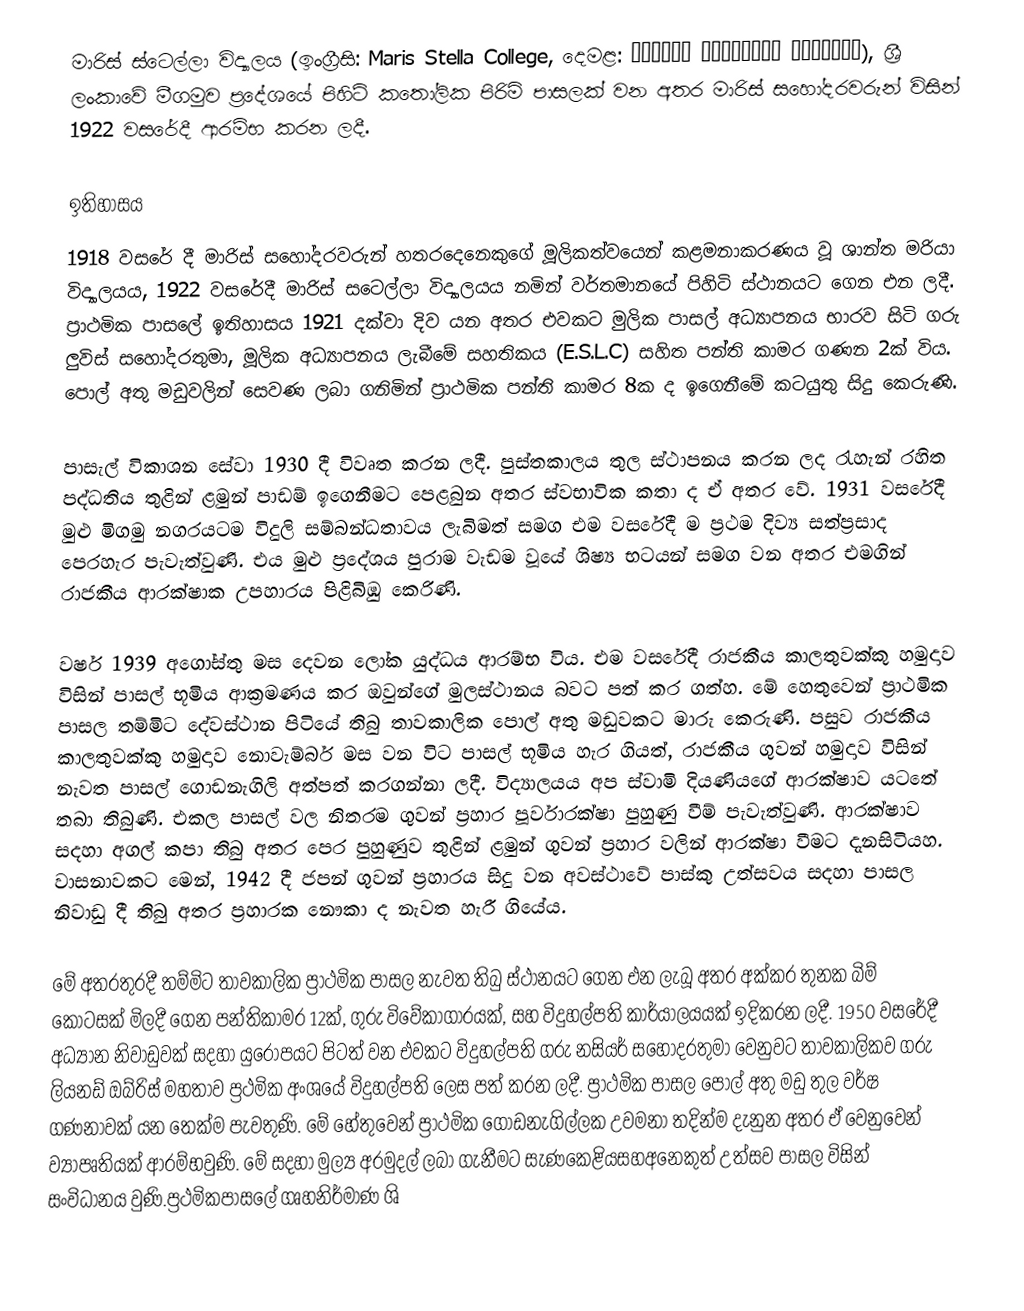
මාරිස් ස්ටෙල්ලා විද්‍යාලය (ඉංග්‍රීසි: Maris Stella College, දෙමළ: மாரீஸ் ஸ்டெல்லா கல்லூரி), ශ්‍රී ලංකාවේ මීගමුව ප්‍රදේශයේ පිහිටි කතෝලික පිරිමි පාසලක් වන අතර මාරිස් සහෝදරවරුන් විසින් 1922 වසරේදී ආරම්භ කරන ලදී.

ඉතිහාසය
1918 වසරේ දී මාරිස් සහෝදරවරුන් හතරදෙනෙකුගේ මූලිකත්වයෙන් කළමනාකරණය වූ ශාන්ත මරියා විද්‍යාලයය, 1922 වසරේදී මාරිස් සටෙල්ලා විද්‍යාලයය නමින් වර්තමානයේ පිහිටි ස්ථානයට ගෙන එන ලදී. ප්‍රාථමික පාසලේ ඉතිහාසය 1921 දක්වා දිව යන අතර එවකට මුලික පාසල් අධ්‍යාපනය භාරව සිටි ගරු ලුවිස් සහෝදරතුමා, මූලික අධ්‍යාපනය ලැබීමේ සහතිකය (E.S.L.C) සහිත පන්ති කාමර ගණන 2ක් විය. පොල් අතු මඩුවලින් සෙවණ ලබා ගනිමින් ප්‍රාථමික පන්ති කාමර 8ක ද ඉගෙනීමේ කටයුතු සිදු කෙරුණි.

පාසැල් විකාශන සේවා 1930 දී විවෘත කරන ලදී. පුස්තකාලය තුල ස්ථාපනය කරන ලද රැහැන් රහිත පද්ධතිය තුළින් ළමුන් පාඩම් ඉගෙනීමට පෙළබුන අතර ස්වභාවික කතා ද ඒ අතර වේ. 1931 වසරේදී මුළු මිගමු නගරයටම විදුලි සම්බන්ධතාවය ලැබිමත් සමග එම වසරේදී ම ප්‍රථම දිව්‍ය සත්ප්‍රසාද පෙරහැර පැවැත්වුණි. එය මුළු ප්‍රදේශය පුරාම වැඩම වූයේ ශිෂ්‍ය භටයන් සමග වන අතර එමගින් රාජකීය ආරක්ෂාක උපහාරය පිළිබිඹු කෙරිණි.

වර්ෂ 1939 අගෝස්තු මස දෙවන ලෝක යුද්ධය ආරම්භ විය. එම වසරේදී රාජකීය කාලතුවක්කු හමුදාව විසින් පාසල් භූමිය ආක්‍රමණය කර ඔවුන්ගේ මුලස්ථානය බවට පත් කර ගත්හ. මේ හෙතුවෙන් ප්‍රාථමික පාසල තම්මිට දේවස්ථාන පිටියේ තිබු තාවකාලික පොල් අතු මඩුවකට මාරු කෙරුණි. පසුව රාජකීය කාලතුවක්කු හමුදාව නොවැම්බර් මස වන විට පාසල් භූමිය හැර ගියත්, රාජකීය ගුවන් හමුදාව විසින් නැවත පාසල් ගොඩනැගිලි අත්පත් කරගන්නා ලදී. විද්‍යාලයය අප ස්වාමි දියණියගේ ආරක්ෂාව යටතේ තබා තිබුණි. එකල පාසල් වල නිතරම ගුවන් ප්‍රහාර පූර්වාරක්ෂා පුහුණු වීම් පැවැත්වුණි. ආරක්ෂාව සදහා අගල් කපා තිබු අතර පෙර පුහුණුව තුළින් ළමුන් ගුවන් ප්‍රහාර වලින් ආරක්ෂා වීමට දැනසිටියහ. වාසනාවකට මෙන්, 1942 දී ජපන් ගුවන් ප්‍රහාරය සිදු වන අවස්ථාවේ පාස්කු උත්සවය සදහා පාසල නිවාඩු දී තිබු අතර ප්‍රහාරක නෞකා ද නැවත හැරී ගියේය. 

මේ අතරතුරදී තම්මිට තාවකාලික ප්‍රාථමික පාසල නැවත තිබු ස්ථානයට ගෙන එන ලැබූ අතර අක්කර තුනක බිම් කොටසක් මිලදී ගෙන පන්තිකාමර 12ක්, ගුරු විවේකාගාරයක්, සහ විදුහල්පති කාර්යාලයයක් ඉදිකරන ලදී. 1950 වසරේදී අධ්‍යාන නිවාඩුවක් සදහා යුරෝපයට පිටත් වන එවකට විදුහල්පති ගරු නසියර් සහෝදරතුමා වෙනුවට තාවකාලිකව ගරු ලියනඩ් ඔබ්රිස් මහතාව ප්‍රථමික අංශයේ විදුහල්පති ලෙස පත් කරන ලදී. ප්‍රාථමික පාසල පොල් අතු මඩු තුල වර්ෂ ගණනාවක් යන තෙක්ම පැවතුණි. මේ හේතුවෙන් ප්‍රාථමික ගොඩනැගිල්ලක උවමනා තදින්ම දැනුන අතර ඒ වෙනුවෙන් ව්‍යාපෘතියක් ආරම්භවුණි. මේ සදහා මුල්‍ය අරමුදල් ලබා ගැනීමට සැණකෙළියසහඅනෙකුත් උත්සව පාසල විසින් සංවිධානය වුණි.ප්‍රථමිකපාසලේ ගෘහනිර්මාණ ශි